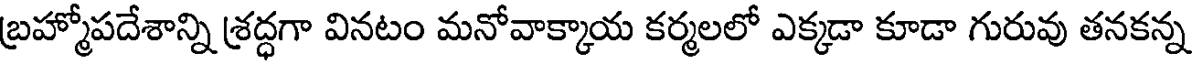
బ్రహ్మోపదేశాన్ని శ్రద్ధగా వినటం మనోవాక్కాయ కర్మలలో ఎక్కడా కూడా గురువు తనకన్న